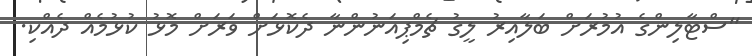
"ސްޓާލިންގެ އުމުރަށް ބަލާއިރު ލީގު ޗެމްޕިއަނުންނާ ދެކޮޅަށް ވަރަށް މޮޅު ކުޅުމެއް ދެއްކި.